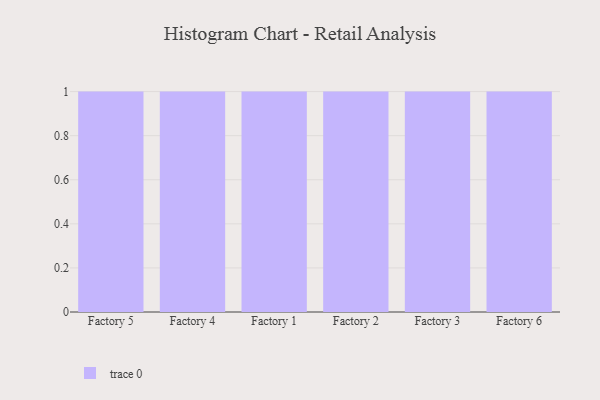
{"axis": {"x": "Factory", "y": "Satisfaction Score"}, "legend": [""], "data": [{"x": "Factory 5", "y": 44, "type": ""}, {"x": "Factory 4", "y": 93, "type": ""}, {"x": "Factory 1", "y": 47, "type": ""}, {"x": "Factory 2", "y": 27, "type": ""}, {"x": "Factory 3", "y": 34, "type": ""}, {"x": "Factory 6", "y": 44, "type": ""}]}